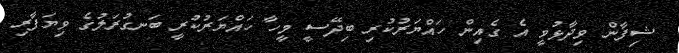
ޝިފާން ވިދާޅުވީ އެ ގެއިން ހައްޔަރުކުރި ބިދޭސީ މީހާ ހައްޔަރުކުރީ ބަނގުރަލުގެ ވިޔަފާރި